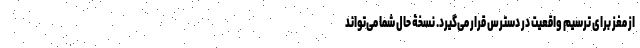
از مغز برای ترسیم واقعیت در دسترس قرار می‌گیرد. نسخۀ حال شما می‌تواند